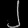
Digit: ၂